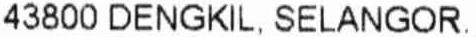
43800 DENGKIL, SELANGOR.